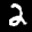
Label: 2